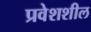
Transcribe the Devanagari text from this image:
प्रवेशशील